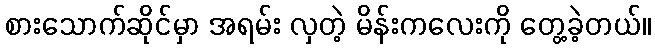
စားသောက်ဆိုင်မှာ အရမ်း လှတဲ့ မိန်းကလေးကို တွေ့ခဲ့တယ်။